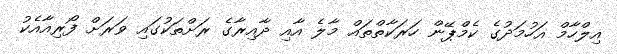
އިލްހާމް އަހުމަދުގެ ކެމްޕޭން ހަރަކާތްތައް މާލެ އާއި ދާއިރާގެ ރަށްތަކުގައި ވަރަށް ފޯރިއާއެކު